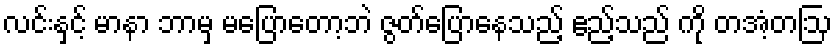
လင်းနှင့် မာနာ ဘာမှ မပြောတော့ဘဲ ဇွတ်ပြောနေသည့် ဧည့်သည် ကို တအံ့တဩ